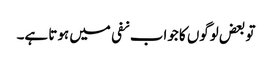
تو بعض لوگوں کا جواب نفی میں ہوتا ہے۔